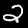
Label: 2